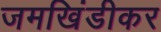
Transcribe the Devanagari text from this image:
जमखिंडीकर